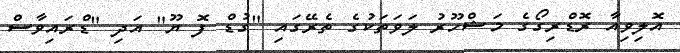
އޮލިވިއާ ރޮޑްރިގޯގެ މަޝްހޫރު ލަވަތަކުގެ ތެރޭގައި "ގުޑް ފޮ ޔޫ" އަދި "ޑްރައިވާސް